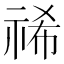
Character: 𮁻